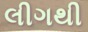
લીગથી